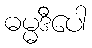
ဓမ္မဒီပေါ